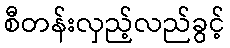
စီတန်းလှည့်လည်ခွင့်